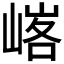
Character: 𪩄